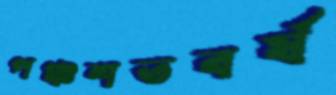
পঞ্চশতবর্ষ